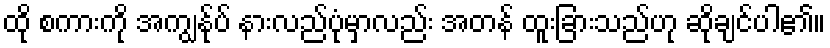
ထို စကားကို အကျွန်ုပ် နားလည်ပုံမှာလည်း အတန် ထူးခြားသည်ဟု ဆိုချင်ပါ၏။